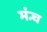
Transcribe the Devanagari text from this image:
मंन्च